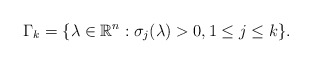
\begin{align*}\Gamma_k=\{\lambda\in \mathbb{R}^n:\sigma_j(\lambda)>0,1\leq j\leq k\}.\end{align*}